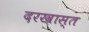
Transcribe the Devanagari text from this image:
दरख़ास्त